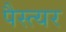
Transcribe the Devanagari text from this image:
पैस्त्यर